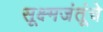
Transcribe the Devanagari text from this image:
सूक्ष्मजंतूंचे